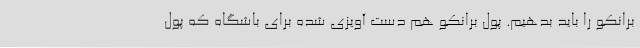
برانکو را باید بدهیم. پول برانکو هم دست آویزی شده برای باشگاه که پول